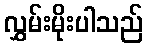
လွှမ်းမိုးပါသည်